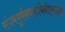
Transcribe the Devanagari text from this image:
संयमपूर्वकवरूथिनीएकादशी